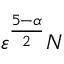
{ \varepsilon } ^ { \frac { 5 - \alpha } { 2 } } N